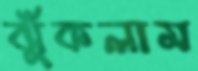
ঝুঁকলাম